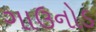
ગાઉનોડ